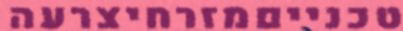
טכנייםמזרחיצרעה